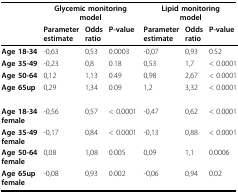
<table><thead><tr><td></td><td colspan="3"><b>Glycemic monitoringmodel</b></td><td colspan="3"><b>Lipid monitoringmodel</b></td></tr><tr><td></td><td><b>Parameterestimate</b></td><td><b>Oddsratio</b></td><td><b>P-value</b></td><td><b>Parameterestimate</b></td><td><b>Oddsratio</b></td><td><b>P-value</b></td></tr></thead><tbody><tr><td><b>Age 18-34</b></td><td>-0,63</td><td>0,53</td><td>0.0003</td><td>-0,07</td><td>0,93</td><td>0.52</td></tr><tr><td><b>Age 35-49</b></td><td>-0,23</td><td>0,8</td><td>0.18</td><td>0,53</td><td>1,7</td><td>&lt; 0.0001</td></tr><tr><td><b>Age 50-64</b></td><td>0,12</td><td>1,13</td><td>0.49</td><td>0,98</td><td>2,67</td><td>&lt; 0.0001</td></tr><tr><td><b>Age 65up</b></td><td>0,29</td><td>1,34</td><td>0.09</td><td>1,2</td><td>3,32</td><td>&lt; 0.0001</td></tr><tr><td><b>Age 18-34 female</b></td><td>-0,56</td><td>0,57</td><td>&lt; 0.0001</td><td>-0,47</td><td>0,62</td><td>&lt; 0.0001</td></tr><tr><td><b>Age 35-49 female</b></td><td>-0,17</td><td>0,84</td><td>&lt; 0.0001</td><td>-0,13</td><td>0,88</td><td>&lt; 0.0001</td></tr><tr><td><b>Age 50-64 female</b></td><td>0,08</td><td>1,08</td><td>0.005</td><td>0,09</td><td>1,1</td><td>0.0006</td></tr><tr><td><b>Age 65up female</b></td><td>-0,08</td><td>0,93</td><td>0.002</td><td>-0,06</td><td>0,94</td><td>0.02</td></tr></tbody></table>